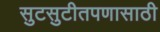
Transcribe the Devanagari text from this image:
सुटसुटीतपणासाठी